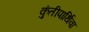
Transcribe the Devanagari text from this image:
कुंतीपार्थिवा